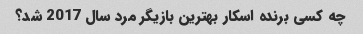
چه کسی برنده اسکار بهترین بازیگر مرد سال 2017 شد؟